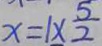
x = 1 \times \frac { 5 } { 2 }